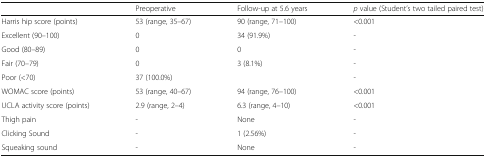
<table><thead><tr><td></td><td><b>Preoperative</b></td><td><b>Follow-up at 5.6 years</b></td><td><b><i>p</i> value (Student’s two tailed paired test)</b></td></tr></thead><tbody><tr><td>Harris hip score (points)</td><td>53 (range, 35–67)</td><td>90 (range, 71–100)</td><td>&lt;0.001</td></tr><tr><td>Excellent (90–100)</td><td>0</td><td>34 (91.9%)</td><td>-</td></tr><tr><td>Good (80–89)</td><td>0</td><td>0</td><td>-</td></tr><tr><td>Fair (70–79)</td><td>0</td><td>3 (8.1%)</td><td>-</td></tr><tr><td>Poor (&lt;70)</td><td>37 (100.0%)</td><td></td><td>-</td></tr><tr><td>WOMAC score (points)</td><td>53 (range, 40–67)</td><td>94 (range, 76–100)</td><td>&lt;0.001</td></tr><tr><td>UCLA activity score (points)</td><td>2.9 (range, 2–4)</td><td>6.3 (range, 4–10)</td><td>&lt;0.001</td></tr><tr><td>Thigh pain</td><td>-</td><td>None</td><td>-</td></tr><tr><td>Clicking Sound</td><td>-</td><td>1 (2.56%)</td><td>-</td></tr><tr><td>Squeaking sound</td><td>-</td><td>None</td><td>-</td></tr></tbody></table>